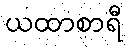
ယထာစာရီ